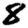
Digit: 8